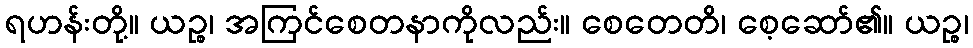
ရဟန်းတို့။ ယဉ္စ၊ အကြင်စေတနာကိုလည်း။ စေတေတိ၊ စေ့ဆော်၏။ ယဉ္စ၊